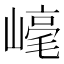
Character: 𱜋